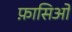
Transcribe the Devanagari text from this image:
फ़ासिओ